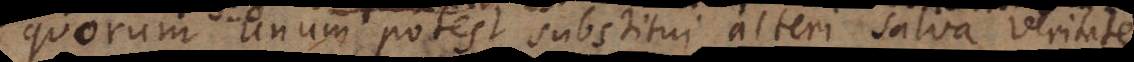
quorum unum potest substitui alteri salva veritate